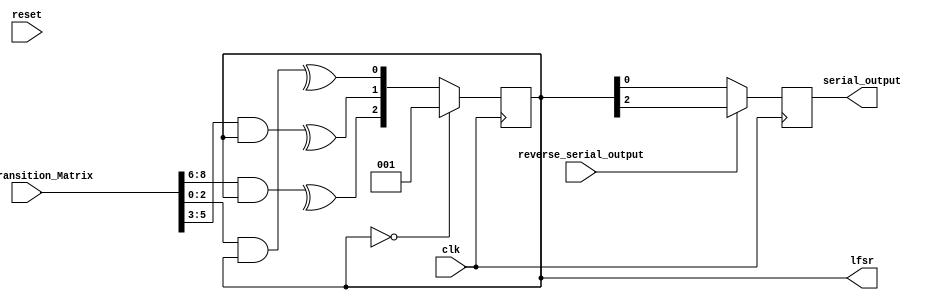
module Serial_Markov_Sequence_Generator
#(
  parameter LFSR_LENGTH = 3,
  parameter [LFSR_LENGTH-1:0] lfsr_init_val = 1
)
(
  input  wire [LFSR_LENGTH*LFSR_LENGTH-1:0] LFSR_Transition_Matrix,
  input  wire clk,
  output reg  [LFSR_LENGTH-1:0] lfsr=lfsr_init_val,
  input  wire reset,
  output reg serial_output = 0,
  input wire reverse_serial_output
);

wire [LFSR_LENGTH-1:0] next_lfsr_val;

generate
        genvar i;
		for (i=0; i<LFSR_LENGTH; i++)
		begin : gen_next_lfsr_val
		     assign next_lfsr_val[i] = ^(LFSR_Transition_Matrix[((i+1)*LFSR_LENGTH-1) -: LFSR_LENGTH] & lfsr);
		end
endgenerate

always @(posedge clk)
begin    
         lfsr <= (lfsr == 0) ? {{(LFSR_LENGTH-1){1'b0}},1'b1} : next_lfsr_val;
end

always @(posedge clk)
begin
     serial_output <= reverse_serial_output ? lfsr[LFSR_LENGTH-1] : lfsr[0];
end

endmodule